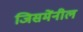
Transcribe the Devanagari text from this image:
जिसमेंनील